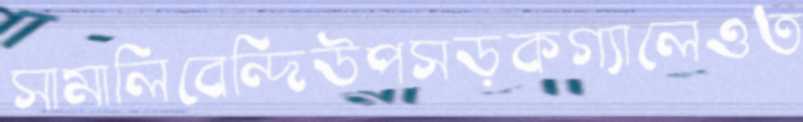
সামালিবেন্দিউপসড়কগ্যালেওত